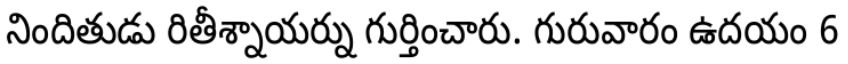
నిందితుడు రితీశ్నాయర్ను గుర్తించారు. గురువారం ఉదయం 6